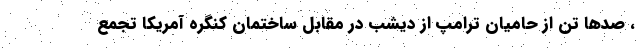
، صدها تن از حامیان ترامپ از دیشب در مقابل ساختمان کنگره آمریکا تجمع